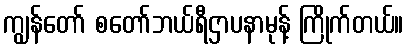
ကျွန်တော် စတော်ဘယ်ရီဌာပနာမုန့် ကြိုက်တယ်။